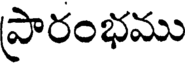
ప్రారంభము